Report on enteric fever
Disease focus: Fever
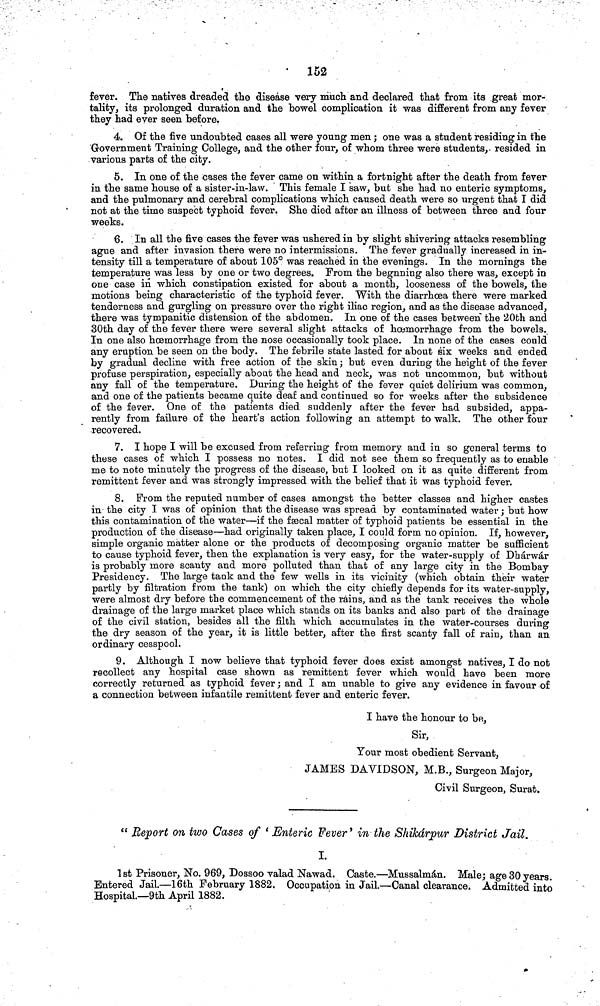
152
fever. The natives dreaded the disease very much and declared that from its great mor-
tality, its prolonged duration and the bowel complication it was different from any fever
they had ever seen before.
4. Of the five undoubted cases all were young men; one was a student residing in the
Government Training College, and the other four, of whom three were students, resided in
various parts of the city.
5. In one of the cases the fever came on within a fortnight after the death from fever
in the same house of a sister-in-law. This female I saw, but she had no enteric symptoms,
and the pulmonary and cerebral complications which caused death were so urgent that I did
not at the time suspect typhoid fever. She died after an illness of between three and four
weeks.
6. In all the five cases the fever was ushered in by slight shivering attacks resembling
ague and after invasion there were no intermissions. The fever gradually increased in in-
tensity till a temperature of about 105° was reached in the evenings. In the mornings the
temperature was less by one or two degrees. From the begnning also there was, except in
one case in which constipation existed for about a month, looseness of the bowels, the
motions being characteristic of the typhoid fever. With the diarrhoea there were marked
tenderness and gurgling on pressure over the right iliac region, and as the disease advanced,
there was tympanitic distension of the abdomen. In one of the cases between the 20th and
30th day of the fever there were several slight attacks of hœmorrhage from the bowels.
In one also hœmorrhage from the nose occasionally took place. In none of the cases could
any eruption be seen on the body. The febrile state lasted for about six weeks and ended
by gradual decline with free action of the skin; but even during the height of the fever
profuse perspiration, especially about the head and neck, was not uncommon, but without
any fall of the temperature. During the height of the fever quiet delirium was common,
and one of the patients became quite deaf and continued so for weeks after the subsidence
of the fever. One of the patients died suddenly after the fever had subsided, appa-
rently from failure of the heart's action following an attempt to walk. The other four
recovered.
7. I hope I will be excused from referring from memory and in so general terms to
these cases of which I possess no notes. I did not see them so frequently as to enable
me to note minutely the progress of the disease, but I looked on it as quite different from
remittent fever and was strongly impressed with the belief that it was typhoid fever.
8. Prom the reputed number of cases amongst the better classes and higher castes
in the city I was of opinion that the disease was spread by contaminated water; but how
this contamination of the water—if the fæcal matter of typhoid patients be essential in the
production of the disease—had originally taken place, I could form no opinion. If, however,
simple organic matter alone or the products of decomposing organic matter be sufficient
to cause typhoid fever, then the explanation is very easy, for the water-supply of Dhárwár
is probably more scanty and more polluted than that of any large city in the Bombay
Presidency. The large tank and the few wells in its vicinity (which obtain their water
partly by filtration from the tank) on which the city chiefly depends for its water-supply,
were almost dry before the commencement of the rains, and as the tank receives the whole
drainage of the large market place which stands on its banks and also part of the drainage
of the civil station, besides all the filth which accumulates in the water-courses during
the dry season of the year, it is little better, after the first scanty fall of rain, than an
ordinary cesspool.
9. Although I now believe that typhoid fever does exist amongst natives, I do not
recollect any hospital case shown as remittent fever which would have been more
correctly returned as typhoid fever; and I am unable to give any evidence in favour of
a connection between infantile remittent fever and enteric fever.
I have the honour to be,
Sir,
Your most obedient Servant,
JAMES DAVIDSON, M.B., Surgeon Major,
Civil Surgeon, Surat.
" Report on two Cases of ' Enteric Fever' in the Shikárpur District Jail.
I.
1st Prisoner, No. 969, Dossoo valad Nawad. Caste.—Mussalmán. Male; age 30 years.
Entered Jail.—16th February 1882, Occupation in Jail.—Canal clearance. Admitted into
Hospital—9th April 1882.